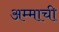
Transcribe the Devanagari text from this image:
अम्माची